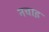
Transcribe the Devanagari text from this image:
नचाइ